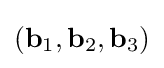
\left(\mathbf {b} _{1},\mathbf {b} _{2},\mathbf {b} _{3}\right)